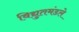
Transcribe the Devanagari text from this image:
विद्युतमंडले